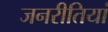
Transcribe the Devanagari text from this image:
जनरीतियां